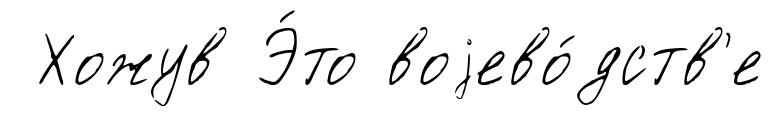
Хожув Э́то воjево́дств'е